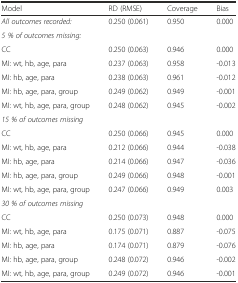
| Model | RD (RMSE) | Coverage | Bias |
 | --- | --- | --- | --- |
 | All outcomes recorded: | 0.250 (0.061) | 0.950 | 0.000 |
 | 5 % of outcomes missing: |  |  |  |
 | CC | 0.250 (0.063) | 0.946 | 0.000 |
 | MI: wt, hb, age, para | 0.237 (0.063) | 0.958 | -0.013 |
 | MI: hb, age, para | 0.238 (0.063) | 0.961 | -0.012 |
 | MI: hb, age, para, group | 0.249 (0.062) | 0.949 | -0.001 |
 | MI: wt, hb, age, para, group | 0.248 (0.062) | 0.945 | -0.002 |
 | 15 % of outcomes missing |  |  |  |
 | CC | 0.250 (0.066) | 0.945 | 0.000 |
 | MI: wt, hb, age, para | 0.212 (0.066) | 0.944 | -0.038 |
 | MI: hb, age, para | 0.214 (0.066) | 0.947 | -0.036 |
 | MI: hb, age, para, group | 0.249 (0.066) | 0.948 | -0.001 |
 | MI: wt, hb, age, para, group | 0.247 (0.066) | 0.949 | 0.003 |
 | 30 % of outcomes missing |  |  |  |
 | CC | 0.250 (0.073) | 0.948 | 0.000 |
 | MI: wt, hb, age, para | 0.175 (0.071) | 0.887 | -0.075 |
 | MI: hb, age, para | 0.174 (0.071) | 0.879 | -0.076 |
 | MI: hb, age, para, group | 0.248 (0.072) | 0.946 | -0.002 |
 | MI: wt, hb, age, para, group | 0.249 (0.072) | 0.946 | -0.001 |